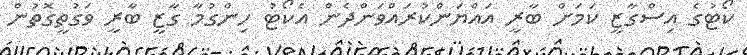
ކޯޓުގެ އިސްގާޒީ ކަމަށް ބާރީ އައްޔަންކުރައްވަންދެން އެކޯޓު ހިންގުމާ ގާޒީ ބާރީ ވަގުތީގޮތުން